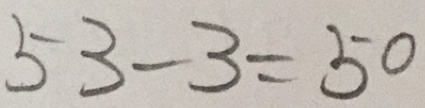
5 3 - 3 = 5 0